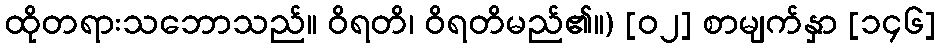
ထိုတရားသဘောသည်။ ဝိရတိ၊ ဝိရတိမည်၏။) [၀၂] စာမျက်နှာ [၁၄၆]